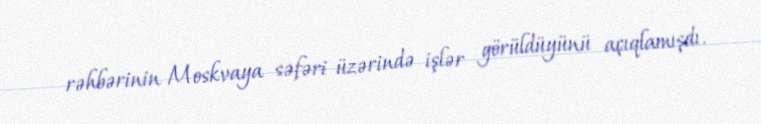
rəhbərinin Moskvaya səfəri üzərində işlər görüldüyünü açıqlamışdı.